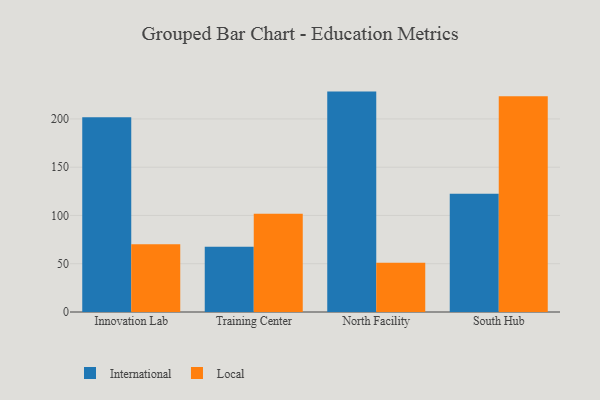
{"axis": {"x": "Campus", "y": "Gross Profit (USD K)"}, "legend": ["International", "Local"], "data": [{"x": "Innovation Lab", "y": 201.7, "type": "International"}, {"x": "Innovation Lab", "y": 70.3, "type": "Local"}, {"x": "Training Center", "y": 67.6, "type": "International"}, {"x": "Training Center", "y": 101.9, "type": "Local"}, {"x": "North Facility", "y": 228.3, "type": "International"}, {"x": "North Facility", "y": 51.0, "type": "Local"}, {"x": "South Hub", "y": 122.4, "type": "International"}, {"x": "South Hub", "y": 223.5, "type": "Local"}]}